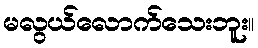
မလွယ်လောက်သေးဘူး။